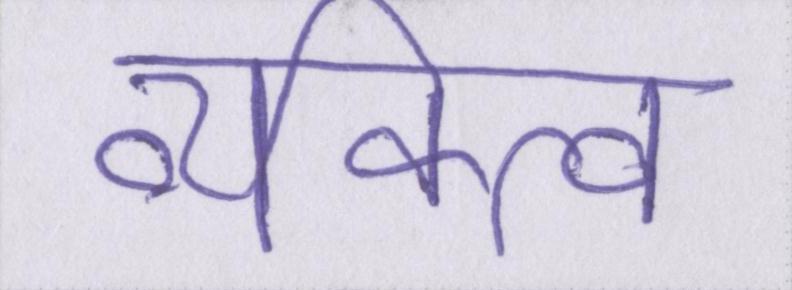
व्यक्त्वि